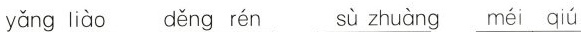
yǎng liào děng rén sù zhuàng méi qiú